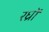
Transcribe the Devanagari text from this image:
रध्राें